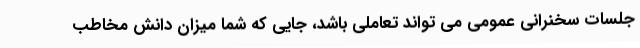
جلسات سخنرانی عمومی می تواند تعاملی باشد، جایی که شما میزان دانش مخاطب